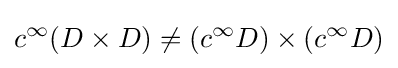
c^{\infty }(D\times D)\neq \left(c^{\infty }D\right)\times \left(c^{\infty }D\right)